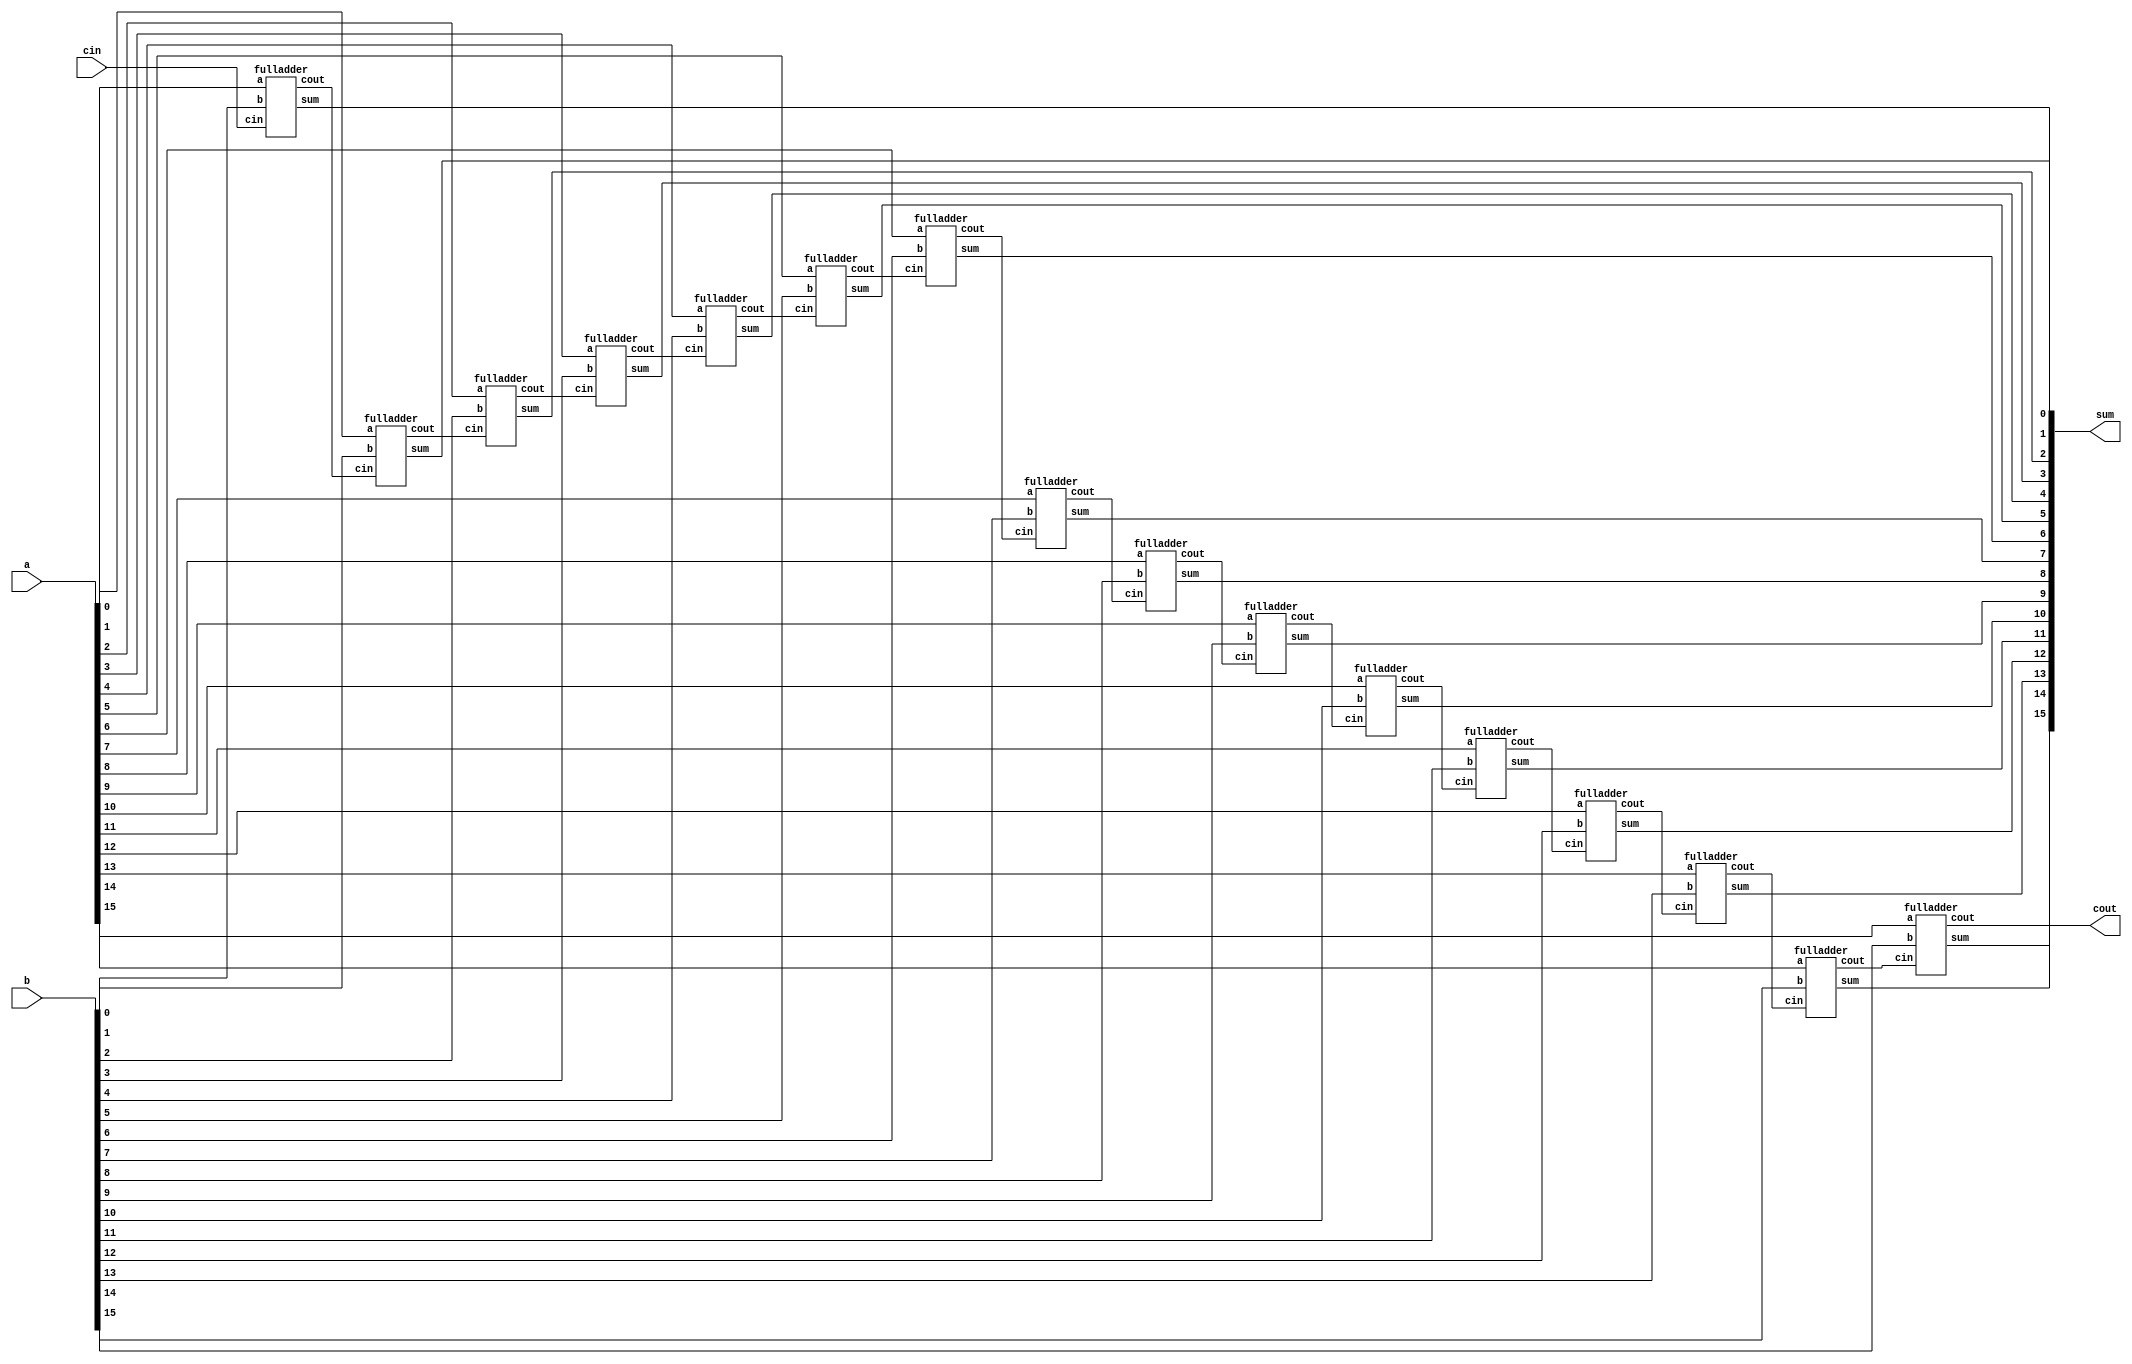
`timescale 1ns/1ps

module RCA_16bit(a,b,cin,sum,cout);

    input [15:0] a,b;
    input cin;
    output [15:0] sum;
    output cout;
    wire [14:0] c;
	// --- Write down your design here --- //
	fulladder A(a[0],b[0],cin,sum[0],c[0]);
	fulladder B(a[1],b[1],c[0],sum[1],c[1]);
	fulladder C(a[2],b[2],c[1],sum[2],c[2]);
	fulladder D(a[3],b[3],c[2],sum[3],c[3]);
	fulladder E(a[4],b[4],c[3],sum[4],c[4]);
	fulladder F(a[5],b[5],c[4],sum[5],c[5]);
	fulladder G(a[6],b[6],c[5],sum[6],c[6]);
	fulladder H(a[7],b[7],c[6],sum[7],c[7]);
	fulladder I(a[8],b[8],c[7],sum[8],c[8]);
	fulladder J(a[9],b[9],c[8],sum[9],c[9]);
	fulladder K(a[10],b[10],c[9],sum[10],c[10]);
	fulladder L(a[11],b[11],c[10],sum[11],c[11]);
	fulladder M(a[12],b[12],c[11],sum[12],c[12]);
	fulladder N(a[13],b[13],c[12],sum[13],c[13]);
	fulladder O(a[14],b[14],c[13],sum[14],c[14]);
	fulladder P(a[15],b[15],c[14],sum[15],cout);
	// ----------------------------------- //

endmodule

// FA module
module fulladder(a,b,cin,sum,cout);
	
	input a, b, cin;
    output sum,cout;
    wire x,y,z;

    xorgate xor1 (a,b,x);
	xorgate xor2(x,cin,sum);
	andgate and1(a,b,y);
	andgate and2(z,cin,q);
	orgate or1(a,b,z);
	orgate or2(y,q,cout);

	// --- Write down your design here --- //

	// ----------------------------------- //

endmodule

// xor gate
module xorgate (a,b,out);
	
	input a,b;
	output out;

	// --- Write down your design here --- //
	
	andgate and1 (a,~b,x);
	andgate and2 (~a,b,y);
	orgate or1 (x,y,out);

	// ----------------------------------- //


endmodule



// and gate
module andgate (a,b,out);
	
	input a, b;
	output reg out;

	always @ (*)  begin
		#10 out <= a & b; // #10ns  and gate's gate delay
	end

endmodule

// or gate
module orgate (a,b,out);
	
	input a, b;
	output reg out;

	always @ (*)  begin
		#4 out <= a | b; // #4ns  or gate's gate delay
	end

endmodule